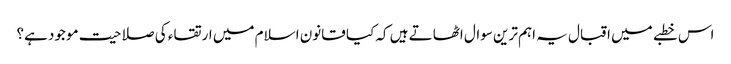
اس خطبے میں اقبال یہ اہم ترین سوال اٹھاتے ہیں کہ کیا قانون اسلام میں ارتقاء کی صلاحیت موجود ہے؟